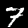
Label: 7